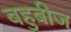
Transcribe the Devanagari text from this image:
बहुबीज